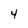
Character: 4